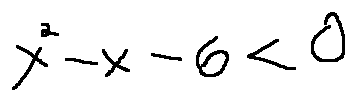
x ^ { 2 } - x - 6 < 0